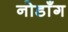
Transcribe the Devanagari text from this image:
नोडाँग